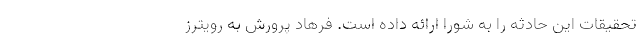
تحقیقات این حادثه را به شورا ارائه داده است. فرهاد پرورش به رویترز